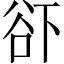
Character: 𱍜